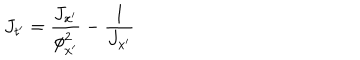
J _ { t ^ { \prime } } = \frac { J _ { x ^ { \prime } } } { \phi _ { x ^ { \prime } } ^ { 2 } } - \frac { 1 } { J _ { x ^ { \prime } } }